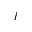
j